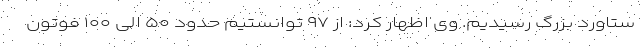
ستاورد بزرگ رسیدیم. وی اظهار کرد: از ۹۷ توانستیم حدود ۵۰ الی ۱۰۰ فوتون